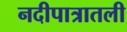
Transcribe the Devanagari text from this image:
नदीपात्रातली